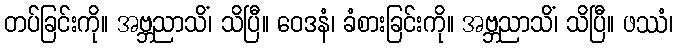
တပ်ခြင်းကို။ အဗ္ဘညာသိံ၊ သိပြီ။ ဝေဒနံ၊ ခံစားခြင်းကို။ အဗ္ဘညာသိံ၊ သိပြီ။ ဖဿံ၊